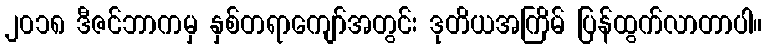
၂၀၁၈ ဒီဇင်ဘာကမှ နှစ်တရာကျော်အတွင်း ဒုတိယအကြိမ် ပြန်ထွက်လာတာပါ။